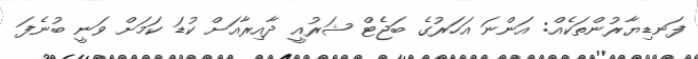
ފަނޑިޔާރުންތަކެއް: އަންނަ އަހަރުގެ ބަޖެޓް ޝަރުއީ ދާއިރާއަށް ކުޑަ ކަމަށް ވަނީ ބުނެފަ